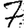
Digit: 7